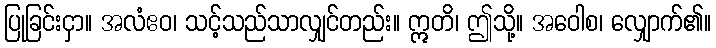
ပြုခြင်းငှာ။ အလံဧဝ၊ သင့်သည်သာလျှင်တည်း။ ဣတိ၊ ဤသို့။ အဝေါစ၊ လျှောက်၏။